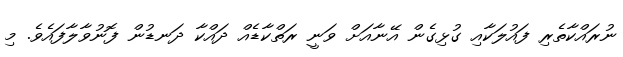
ނުރައްކާތެރި ފައުލަކާއި ގުޅިގެން އޭނާއަށް ވަނީ ރަތްކާޑެއް ދައްކާ ދަނޑުން ފޮނުވާލާފައެވެ. މި